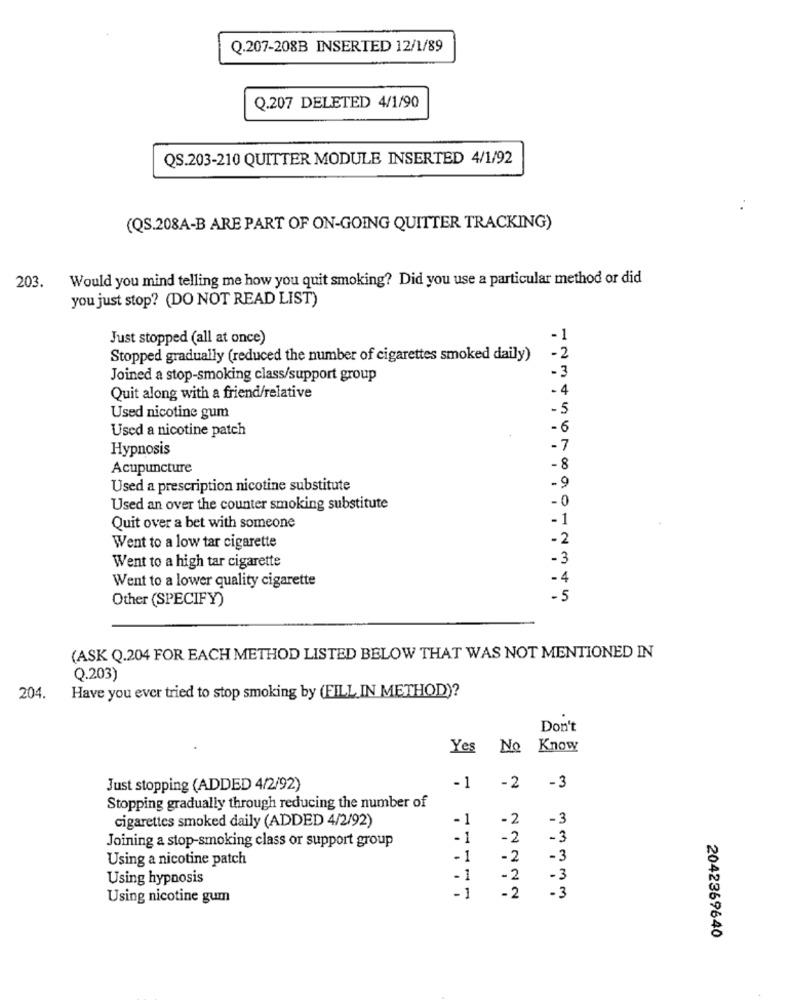
Q.207-208B INSERTED 12/1/89
Q.207 DELETED 4/1/90
QS.203-210 QUITTER MODULE INSERTED 4/1/92
(QS.208A-B ARE PART OF ON-GOING QUITTER TRACKING)
203.
Would you mind telling me how you quit smoking? Did you use a particular method or did
you just stop? (DO NOT READ LIST)
Just stopped (all at once)
- 1
-2
Stopped gradually (reduced the number of cigarettes smoked daily)
- 3
Joined a stop-smoking class/support group
- 4
Quit along with a friend/relative
-5
Used nicotine gum
Used a nicotine patch
-6
Hypnosis
-7
Acupuncture
- 8
Used a prescription nicotine substitute
-9
-0
Used an over the counter smoking substitute
-1
Quit over a bet with someone
-2
Went to a low tar cigarette
-3
Went to a high tar cigarette
Went to a lower quality cigarette
-4
Other (SPECIFY)
- 5
(ASK Q.204 FOR EACH METHOD LISTED BELOW THAT WAS NOT MENTIONED IN
Q.203)
204.
Have you ever tried to stop smoking by (FILL IN METHOD)?
Don't
Yes
No Know
Just stopping (ADDED 4/2/92)
-1
-2 -3
Stopping gradually through reducing the number of
cigarettes smoked daily (ADDED 4/2/92)
-1
-2
-3
-1
-2
-3
Joining a stop-smoking class or support group
Using a nicotine patch
-1
-2
-3
Using hypnosis
-1
-2
-3
Using nicotine gum
-1
-2
-3
2042369640